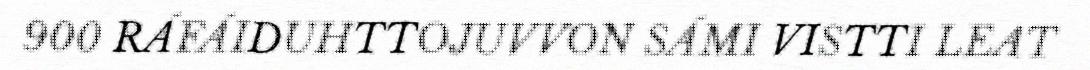
900 RÁFÁIDUHTTOJUVVON SÁMI VISTTI LEAT